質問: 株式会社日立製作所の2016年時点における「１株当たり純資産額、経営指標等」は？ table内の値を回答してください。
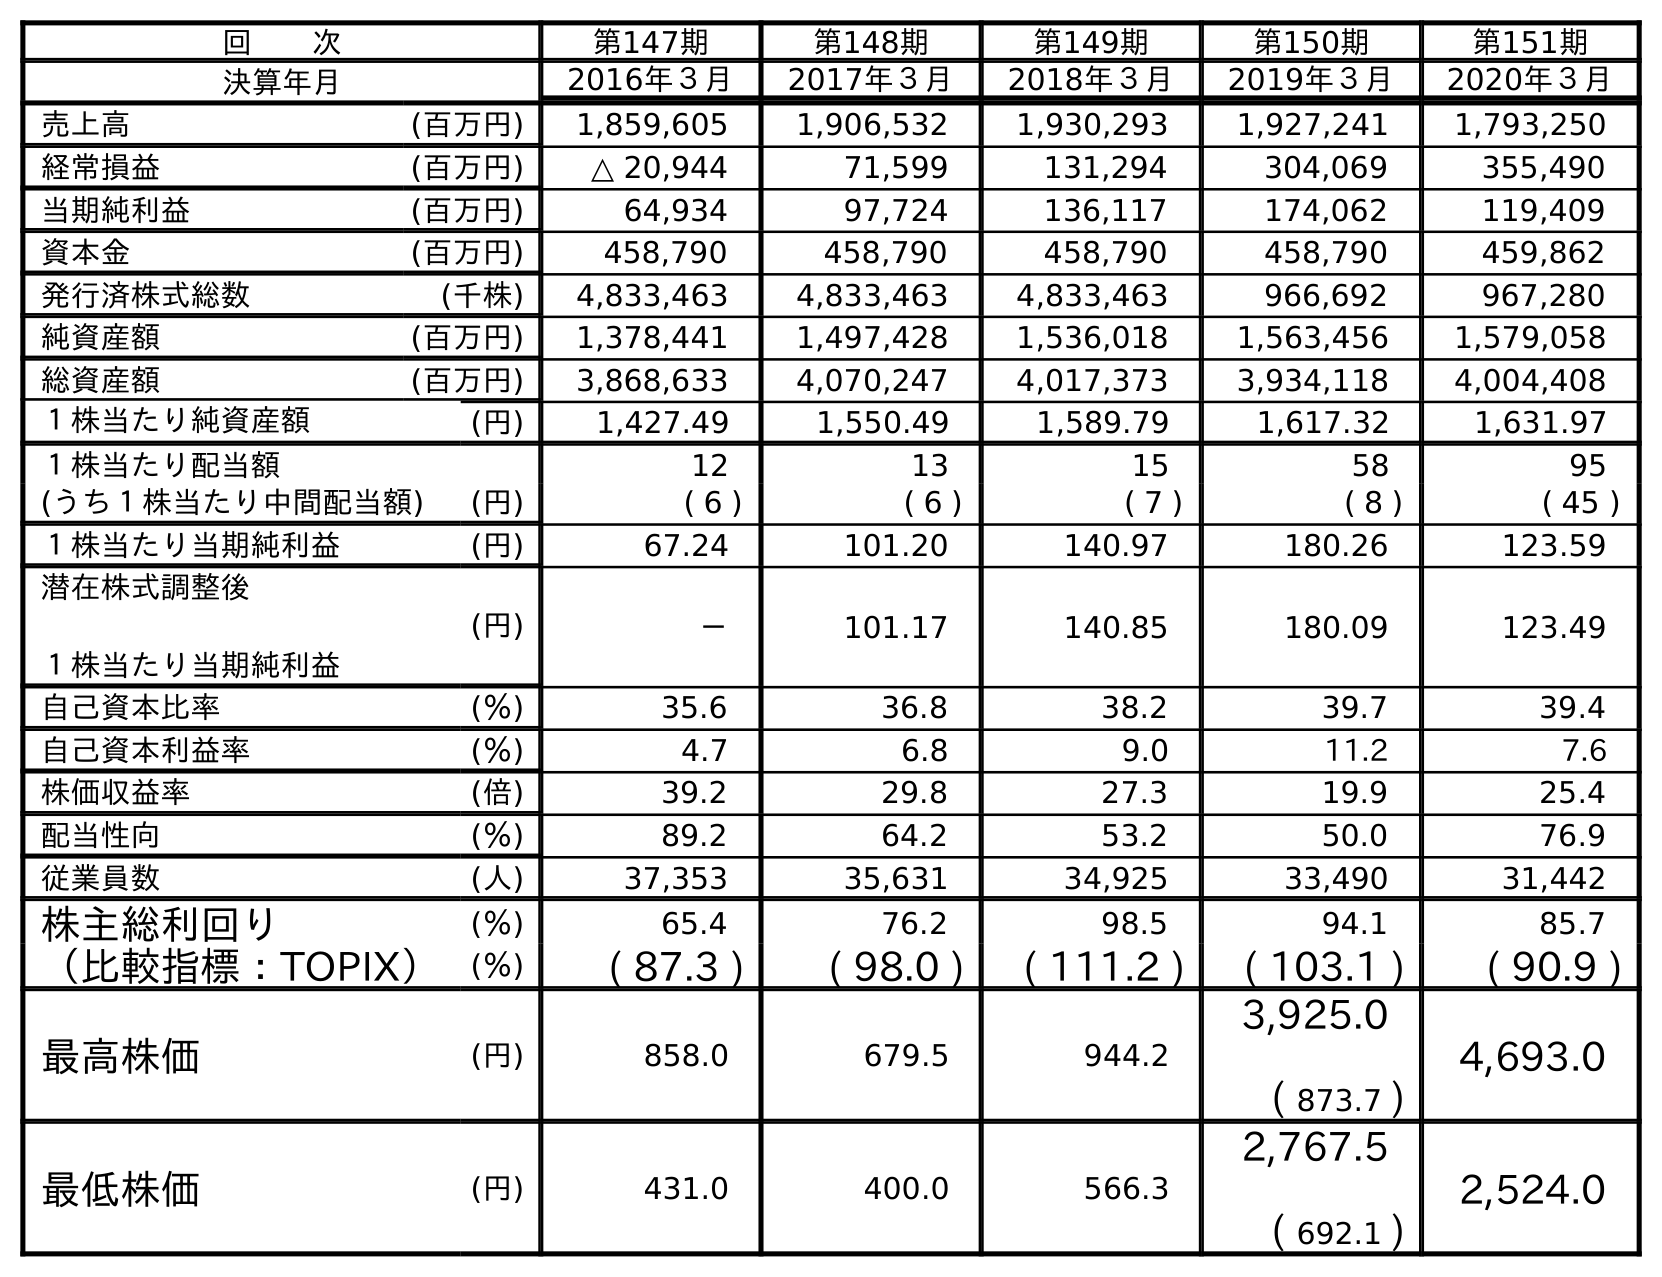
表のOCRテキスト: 回  次 第147期 第148期 第149期 第150期 第151期 決算年月 2016年３月 2017年３月 2018年３月 2019年３月 2020年３月 売上高 (百万円) 1,859,605 1,906,532 1,930,293 1,927,241 1,793,250 経常損益 (百万円) △ 20,944 71,599 131,294 304,069 355,490 当期純利益 (百万円) 64,934 97,724 136,117 174,062 119,409 資本金 (百万円) 458,790 458,790 458,790 458,790 459,862 発行済株式総数 (千株) 4,833,463 4,833,463 4,833,463 966,692 967,280 純資産額 (百万円) 1,378,441 1,497,428 1,536,018 1,563,456 1,579,058 総資産額 (百万円) 3,868,633 4,070,247 4,017,373 3,934,118 4,004,408 １株当たり純資産額 (円) 1,427.49 1,550.49 1,589.79 1,617.32 1,631.97 １株当たり配当額 12 13 15 58 95 (うち１株当たり中間配当額) (円) ( 6 ) ( 6 ) ( 7 ) ( 8 ) ( 45 ) １株当たり当期純利益 (円) 67.24 101.20 140.97 180.26 123.59 潜在株式調整後 １株当たり当期純利益 (円) － 101.17 140.85 180.09 123.49 自己資本比率 (％) 35.6 36.8 38.2 39.7 39.4 自己資本利益率 (％) 4.7 6.8 9.0 11.2 7.6 株価収益率 (倍) 39.2 29.8 27.3 19.9 25.4 配当性向 (％) 89.2 64.2 53.2 50.0 76.9 従業員数 (人) 37,353 35,631 34,925 33,490 31,442 株主総利回り (％) 65.4 76.2 98.5 94.1 85.7 （比較指標：TOPIX） (％) ( 87.3 ) ( 98.0 ) ( 111.2 ) ( 103.1 ) ( 90.9 ) 最高株価 (円) 858.0 679.5 944.2 3,925.0 ( 873.7 ) 4,693.0 最低株価 (円) 431.0 400.0 566.3 2,767.5 ( 692.1 ) 2,524.0
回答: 1,427.49